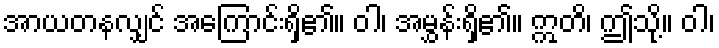
အာယတနလျှင် အကြောင်းရှိ၏။ ဝါ၊ အမွှန်းရှိ၏။ ဣတိ၊ ဤသို့။ ဝါ၊